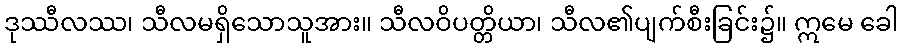
ဒုဿီလဿ၊ သီလမရှိသောသူအား။ သီလဝိပတ္တိယာ၊ သီလ၏ပျက်စီးခြင်း၌။ ဣမေ ခေါ